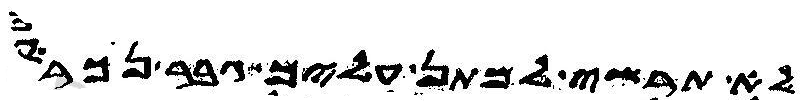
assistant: לא תרשי למתן עליך גבר נכראי